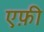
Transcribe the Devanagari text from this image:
एफ़ी